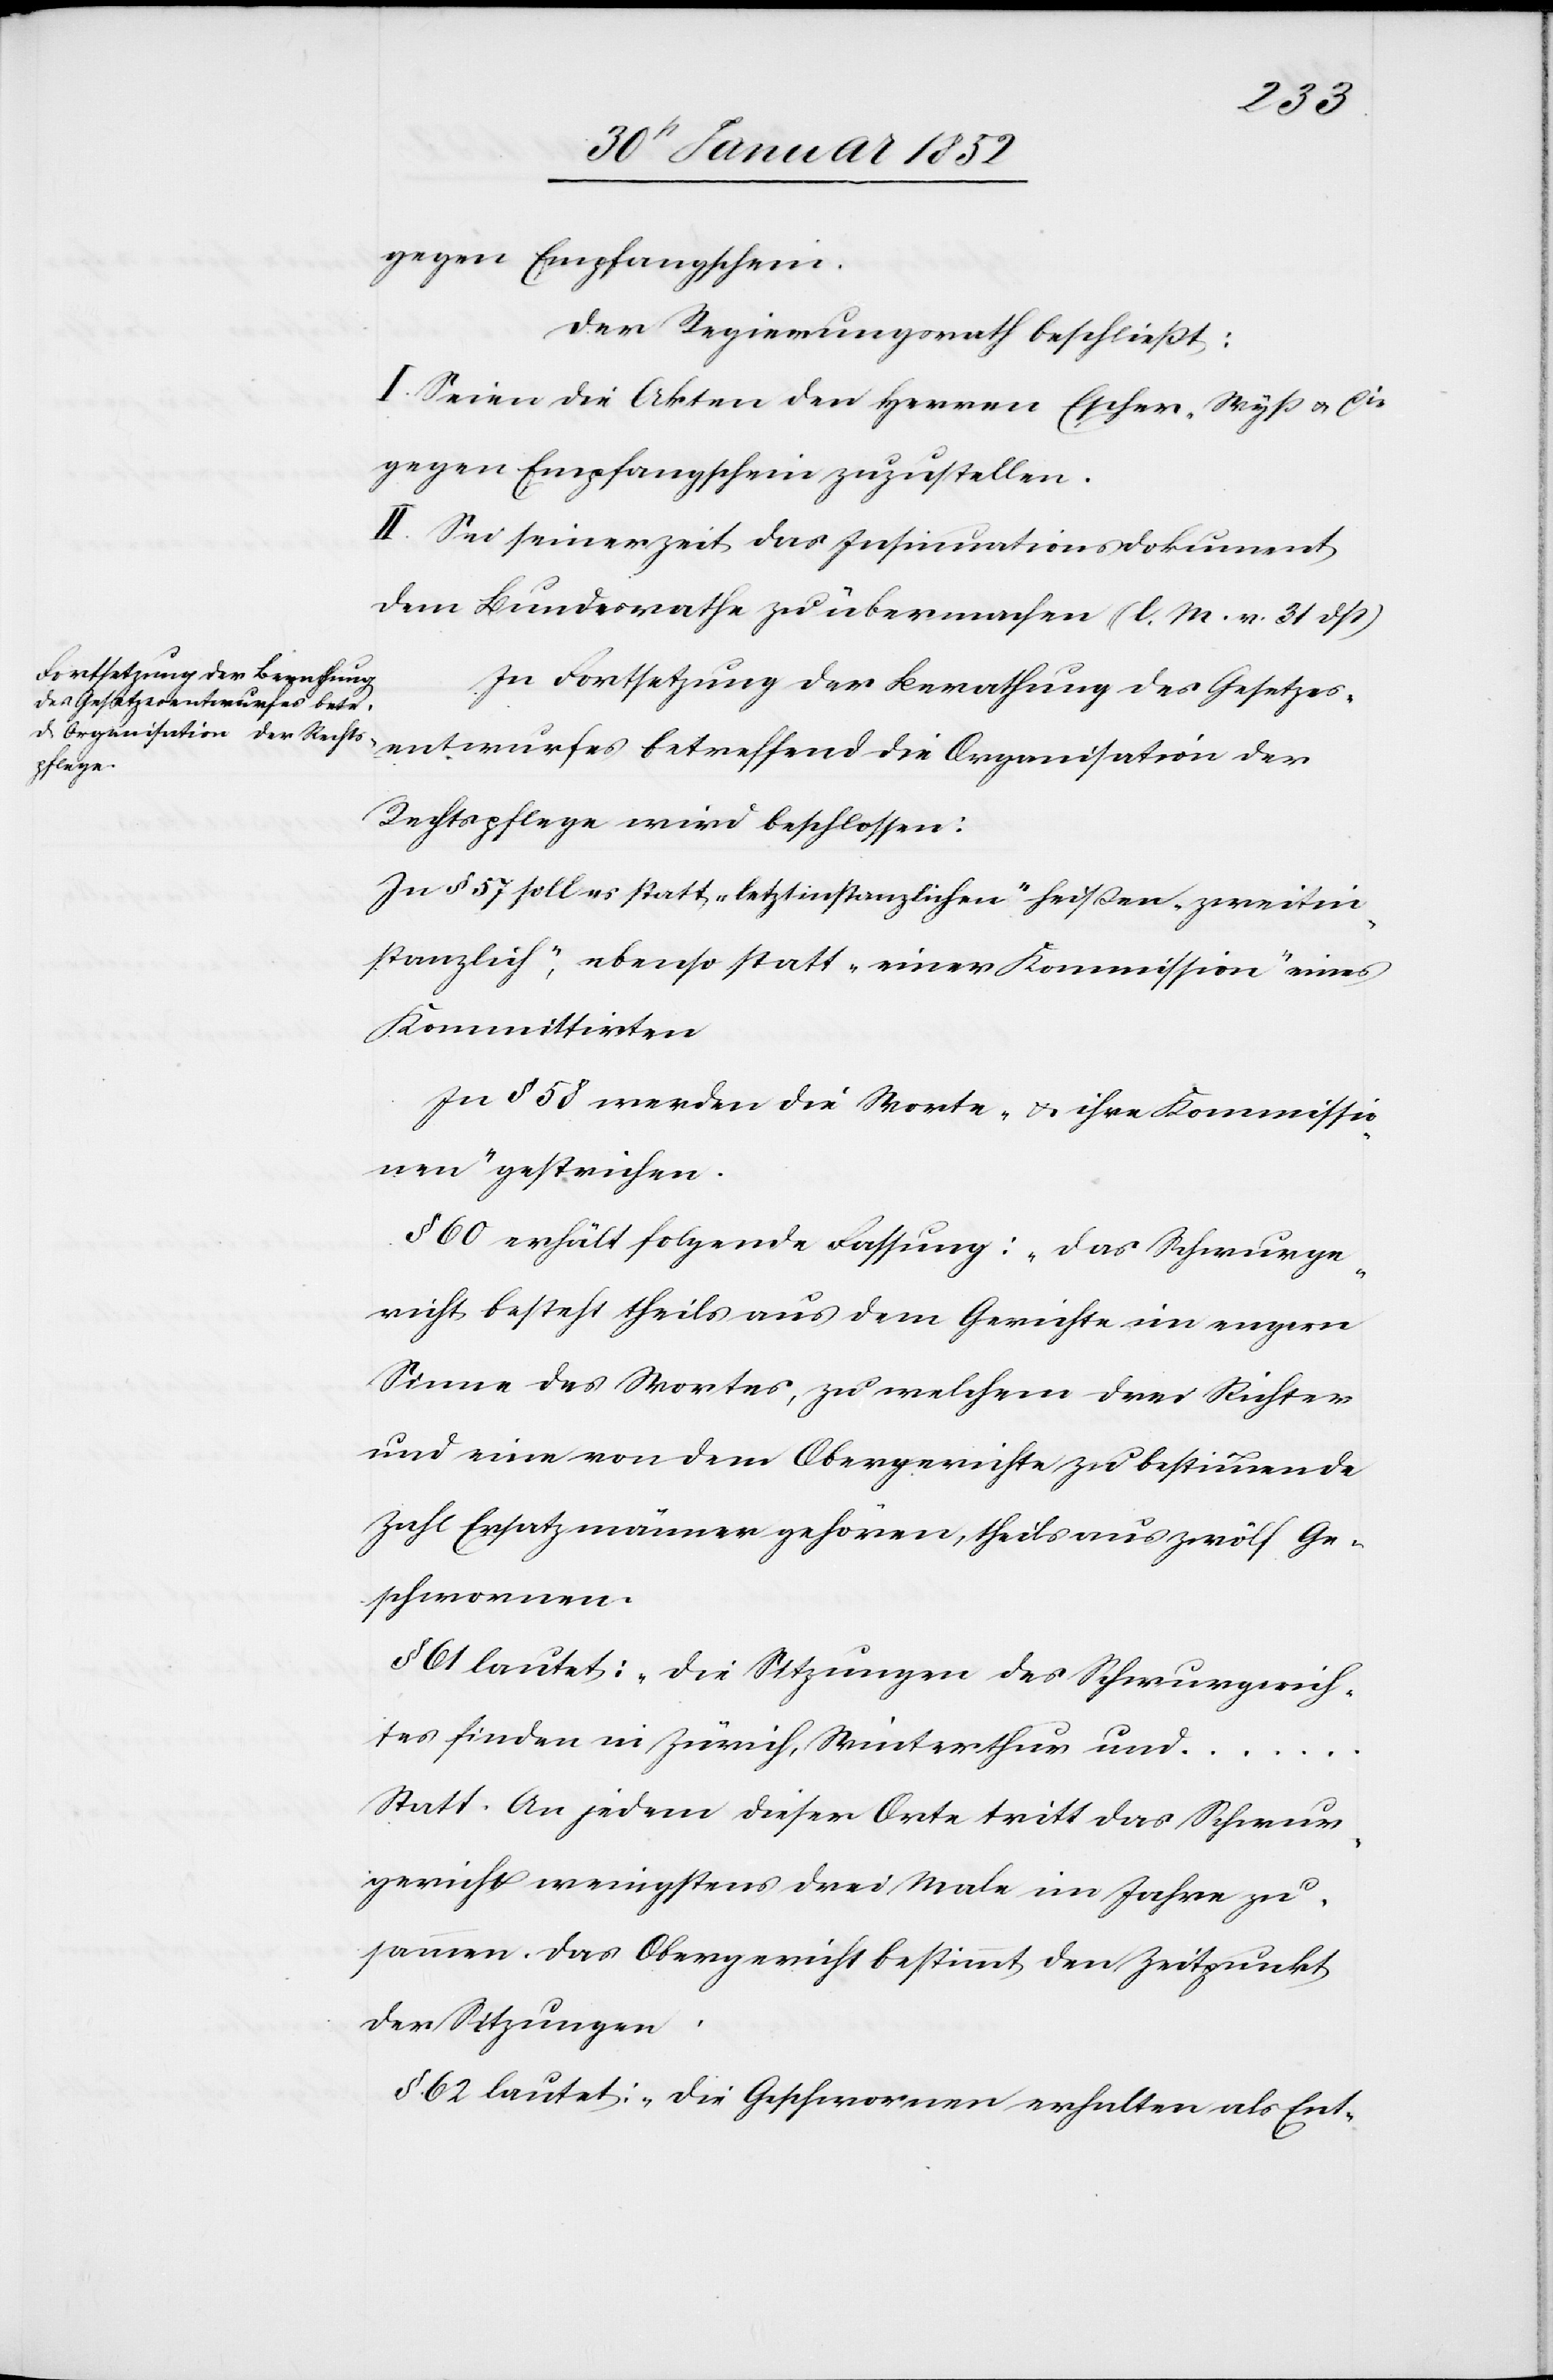
gegen Empfangschein.
Der Regierungsrath beschließt:
I. Seien die Akten den Herren Escher-Wyß u. Cie
gegen Empfangschein zuzustellen.
II. Sei seiner Zeit das Insinuationsdokument
dem Bundesrathe zu übermachen (l. M. v. 31 dß)
In Fortsetzung der Berathung des Gesetzes¬
entwurfes betreffend die Organisation der
Rechtspflege wird beschlossen:
In § 57 soll es statt „letztinstanzlichen“ heißen „zweitin¬
stanzlich“, ebenso statt „eine Kommission“ eines
Kommittirten.
In § 58 werden die Worte „u. ihre Kommissio¬
nen“ gestrichen.
§ 60 erhält folgende Fassung: „das Schwurge¬
richt bestehe theils aus dem Gerichte im engern
Sinne des Wortes, zu welchem drei Richter
und eine von dem Obergerichte zu bestimmende
Zahl Ersatzmänner gehören, theils aus zwölf Ge¬
schworenen.
§ 61 lautet: „die Sitzungen des Schwurgerich¬
tes finden in Zürich, Winterthur und
Statt. An jedem dieser Orte tritt das Schwur¬
gericht wenigstens drei Male im Jahre zu¬
sammen. Das Obergericht bestimmt den Zeitpunkt
...
der Sitzungen.
§ 62 lautet: „die Geschworenen erhalten als Ent-